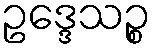
ဥဒ္ဒေသဉ္စ